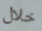
خلال